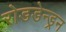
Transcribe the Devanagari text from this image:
रोडडेन्ड्रन